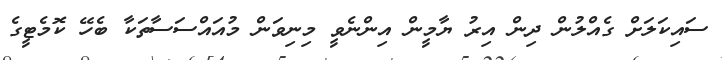
ސައިކަލަށް ގެއްލުން ދިން އިރު ޔާމީން އިންނެވީ މިނިވަން މުއައްސަސާތަކާ ބެހޭ ކޮމެޓީގެ